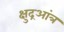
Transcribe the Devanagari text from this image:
क्षुद्रआंत्र